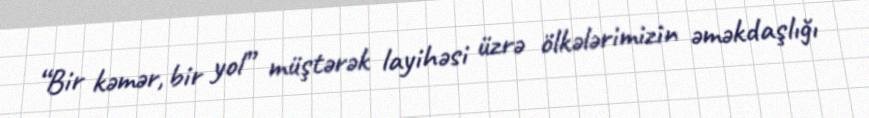
“Bir kəmər, bir yol” müştərək layihəsi üzrə ölkələrimizin əməkdaşlığı